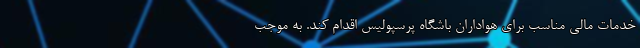
خدمات مالی مناسب برای هواداران باشگاه پرسپولیس اقدام کند. به موجب